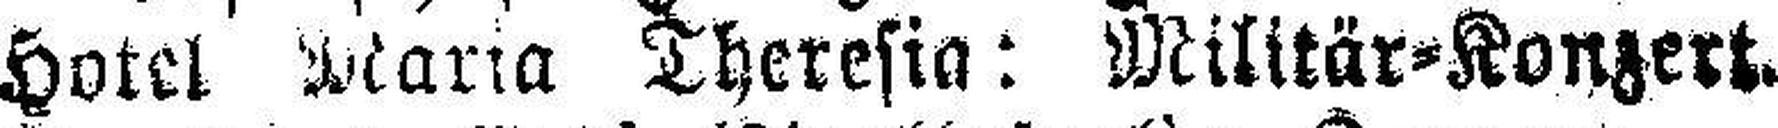
Hotel Maria Theresia: Militär=Konzert.